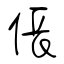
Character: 倀